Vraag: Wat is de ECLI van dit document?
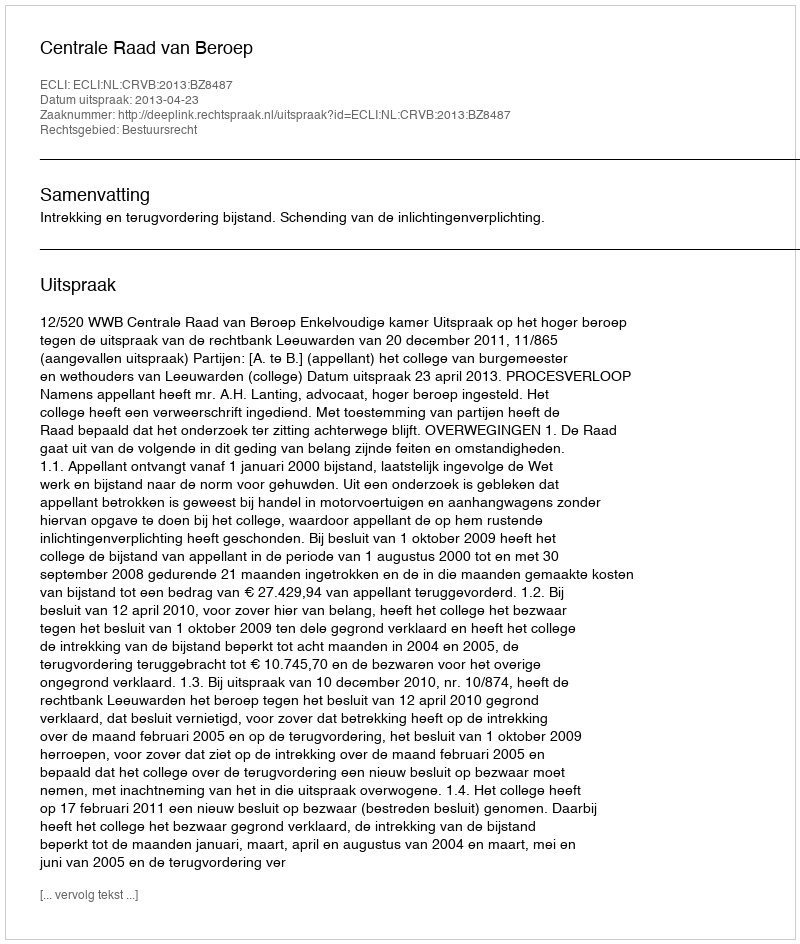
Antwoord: ECLI:NL:CRVB:2013:BZ8487